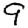
Digit: 9